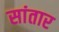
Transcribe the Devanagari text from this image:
सांतार